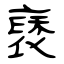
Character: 褎